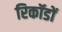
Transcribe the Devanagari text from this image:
रिकॉडों